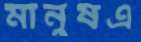
মানুষএ